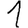
Digit: 1